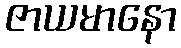
ဇာယမာနော